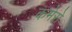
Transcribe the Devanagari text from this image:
कमेरों